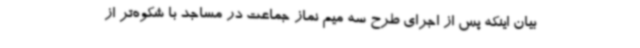
بیان اینکه پس از اجرای طرح سه میم نماز جماعت در مساجد با شکوه‌تر از